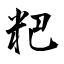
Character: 粑